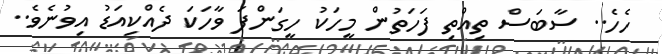
ހެހެ.. ސާބަސް ތިއްތި ފަހަތުން މީހަކު ހީގަންފަ ވާހަކަ ދެއްކިއަޑު އިވުނެވެ..